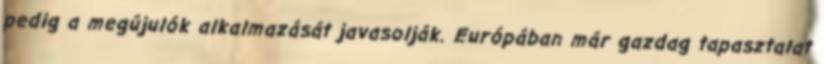
pedig a megújulók alkalmazását javasolják. Európában már gazdag tapasztalat